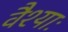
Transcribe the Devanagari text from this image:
वैश्याः